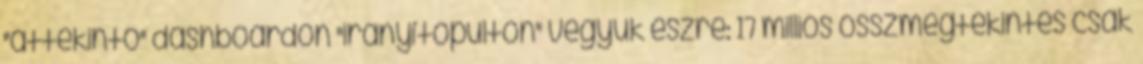
"áttekintő" dashboardon "irányítópulton" vegyük észre: 17 milliós összmegtekintés csak